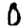
Digit: 0